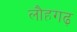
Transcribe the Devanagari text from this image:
लौहगढ़